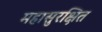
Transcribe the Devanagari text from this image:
महासुरक्षित